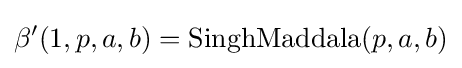
\beta '(1,p,a,b)={\textrm {SinghMaddala}}(p,a,b)